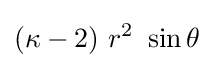
(\kappa -2)~r^{2}~\sin \theta